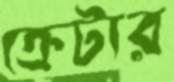
ক্রেটার